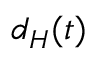
d _ { H } ( t )